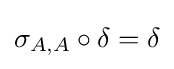
\sigma _{A,A}\circ \delta =\delta